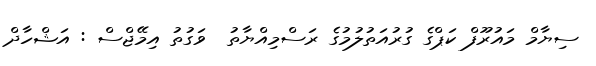
ސިޔާމް މައުރޫފް ކަޕްގެ ގުރުއަތުލުމުގެ ރަސްމިއްޔާތު  ވަގުތު އިމޭޖްސް : އަޝްހާދް